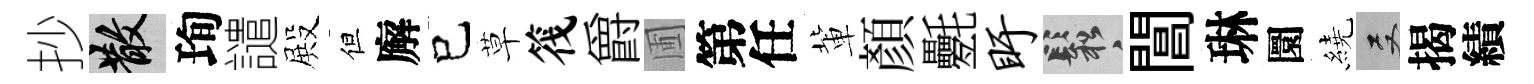
抄散珣譴殿但廨已草筏爵圃第任軰顔氎盱鬆閶琳圜繞双揭績